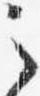
之